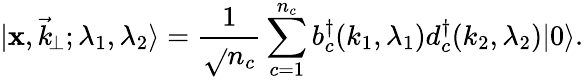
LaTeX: \vert\mathbf{x},\vec{{k}}_{\! \perp};\lambda_{1},\lambda_{2}\rangle={\frac{{1}}{{\sqrt{}{{n_{c}}}}}}\sum_{c=1}^{n_{c}}b_{c}^{\dagger}(k_{1},\lambda_{1})d_{c}^{\dagger}(k_{2},\lambda_{2})\vert0\rangle.